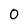
Character: 0